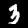
Digit: 3